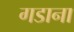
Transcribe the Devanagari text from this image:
गडाना